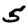
Digit: 5